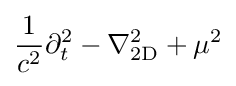
{\frac {1}{c^{2}}}\partial _{t}^{2}-\nabla _{\text{2D}}^{2}+\mu ^{2}